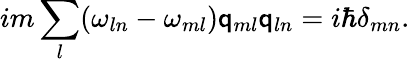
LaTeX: im\sum_{l}(\omega_{ln}-\omega_{ml})\mathsf{q}_{ml}\mathsf{q}_{ln}=i\hbar\delta_{mn}.